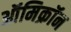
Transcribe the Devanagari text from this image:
ऑमिक्रॉन